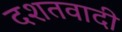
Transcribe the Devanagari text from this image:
दशतवादी